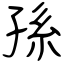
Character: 孫